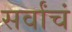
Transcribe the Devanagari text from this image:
सर्वांचं